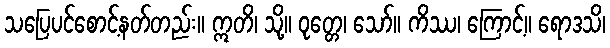
သပြေပင်စောင့်နတ်တည်း။ ဣတိ၊ သို့။ ဝုတ္တေ၊ သော်။ ကိဿ၊ ကြောင့်။ ရောဒသိ၊